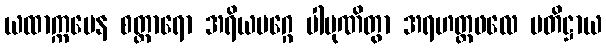
ယထာက္ကမေန စတ္တာရော အရိယမဂ္ဂေ ပါပုဏိတွာ အရဟတ္တဖလေ ပတိဋ္ဌာယ